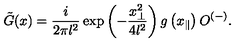
\tilde { G } ( x ) = \frac { i } { 2 \pi l ^ { 2 } } \exp \left( - \frac { x _ { \perp } ^ { 2 } } { 4 l ^ { 2 } } \right) g \left( x _ { \parallel } \right) O ^ { ( - ) } .